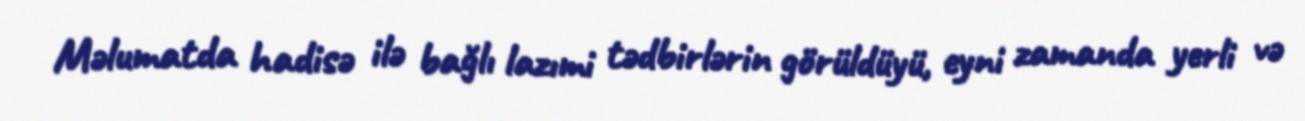
Məlumatda hadisə ilə bağlı lazımi tədbirlərin görüldüyü, eyni zamanda yerli və